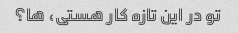
تو در این تازه کار هستی، ها؟